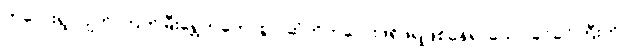
ကလေးရွဲ လျက် ကြက်မြီးရွှေကတော့စွပ် ဆံတိုကလေးဖရိုဖရဲဖြစ်နေရှာသော ခင်ခင်ကြီးကို